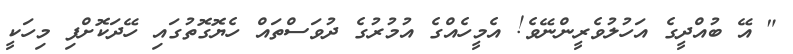
" އޭ ބުއްދީގެ އަހުލުވެރީންނޭވެ! އެމީހެއްގެ އުމުރުގެ ދުވަސްތައް ހެޔޮގޮތުގައި ހޭދަކޮށްފި މިހަކީ